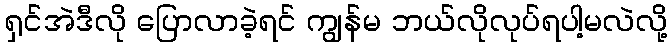
ရှင်အဲဒီလို ပြောလာခဲ့ရင် ကျွန်မ ဘယ်လိုလုပ်ရပါ့မလဲလို့